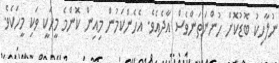
ނުލާހިކު ބޮޑުކޮށް ހުންނަތަންވެސް އާދެއެވެ. އެހެންކަމުން މިއިން ކޮންމެ މީހަކީ ވަކި މީހަކެވެ.